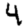
Digit: 4